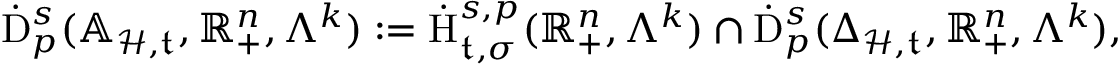
\begin{array} { r } { \dot { \mathrm { D } } _ { p } ^ { s } ( \mathbb { A } _ { \mathcal { H } , \mathfrak { t } } , \mathbb { R } _ { + } ^ { n } , \Lambda ^ { k } ) : = \dot { \mathrm { H } } _ { \mathfrak { t } , \sigma } ^ { s , p } ( \mathbb { R } _ { + } ^ { n } , \Lambda ^ { k } ) \cap \dot { \mathrm { D } } _ { p } ^ { s } ( \Delta _ { \mathcal { H } , \mathfrak { t } } , \mathbb { R } _ { + } ^ { n } , \Lambda ^ { k } ) \mathrm { , ~ } } \end{array}